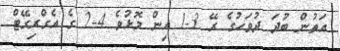
އަތުން ބުދަ ދުވަހުގެ ރޭ 3-1 އިން މޮޅުވެ 4-2 ގެ އެގްރިގޭޓް